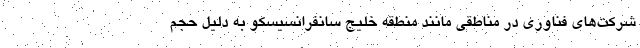
شرکت‌های فناوری در مناطقی مانند منطقه خلیج سانفرانسیسکو به دلیل حجم